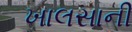
ખાલસાની